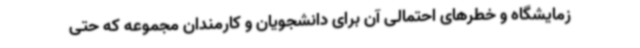
زمایشگاه و خطرهای احتمالی آن برای دانشجویان و کارمندان مجموعه که حتی